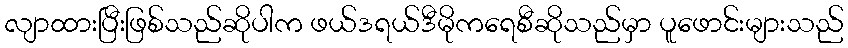
လျာထားပြီးဖြစ်သည်ဆိုပါက ဖယ်ဒရယ်ဒီမိုကရေစီဆိုသည်မှာ ပူဖောင်းများသည်